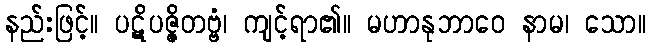
နည်းဖြင့်။ ပဋိပဇ္ဇိတဗ္ဗံ၊ ကျင့်ရာ၏။ မဟာနုဘာဝေ နာမ၊ သော။